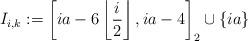
LaTeX: \begin{align*}I_{i,k} & := \left[ ia - 6 \left\lfloor \frac{i}{2} \right\rfloor, i a - 4 \right]_2 \cup \{ia \}\end{align*}